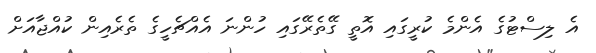
އެ ލިސްޓުގެ އެންމެ ކުރީގައި އޮތީ ގޭތެރޭގައި ހުންނަ އެއްޗެހީގެ ތެރެއިން ކުއްޖާއަށް